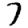
Digit: 7